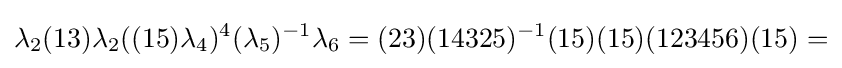
\lambda _{2}(13)\lambda _{2}((15)\lambda _{4})^{4}(\lambda _{5})^{-1}\lambda _{6}=(23)(14325)^{-1}(15)(15)(123456)(15)=